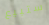
ستبيع